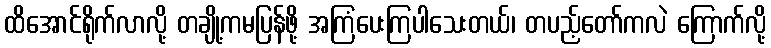
ထိအောင်ရိုက်လာလို့ တချို့ကမပြန်ဖို့ အကြံပေးကြပါသေးတယ်၊ တပည့်တော်ကလဲ ကြောက်လို့